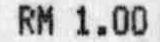
RM 1.00